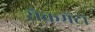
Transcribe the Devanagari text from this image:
सैक्रमेंटो